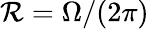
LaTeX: \mathcal{R}=\Omega/(2\pi)